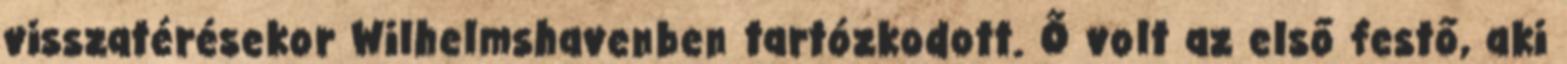
visszatérésekor Wilhelmshavenben tartózkodott. Ő volt az első festő, aki